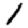
Digit: 1